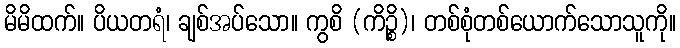
မိမိထက်။ ပိယတရံ၊ ချစ်အပ်သော။ ကွစိ (ကိဉ္စိ)၊ တစ်စုံတစ်ယောက်သောသူကို။